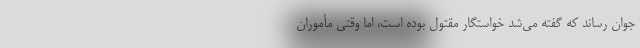
جوان رساند که گفته می‌شد خواستگار مقتول بوده است، اما وقتی مأموران